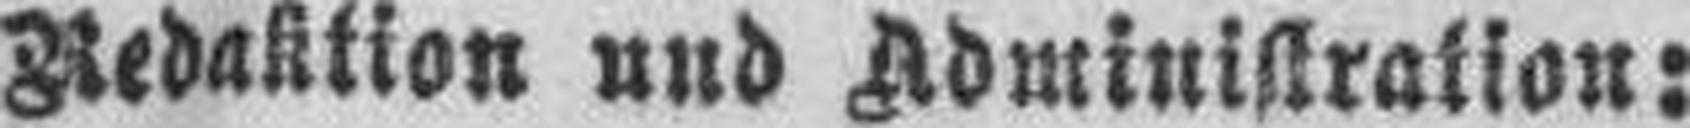
Redaktion und Administration: